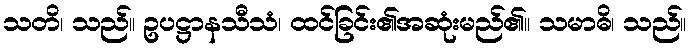
သတိ၊ သည်။ ဥပဋ္ဌာနသီသံ၊ ထင်ခြင်း၏အဆုံးမည်၏။ သမာဓိ၊ သည်။